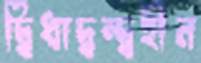
দ্বিধাদ্বন্দ্বহীন